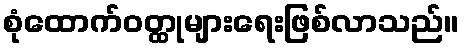
စုံထောက်ဝတ္ထုများရေးဖြစ်လာသည်။